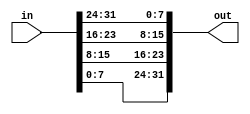
module top_module( 
    input [31:0] in,
    output [31:0] out );//
    wire [7:0] w1,w2,w3,w4;
    assign w1 = in[7:0];
    assign w2 = in[15:8];
    assign w3 = in[23:16];
    assign w4 = in[31:24];
    assign out = {w1,w2,w3,w4};
    
    // assign out[31:24] = ...;

endmodule